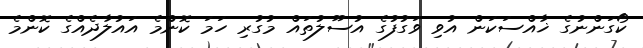
ކޯގަންނުގެ ޚާއްސަކަން އުވި ވަގުފުގެ އުސޫލުތައް މުގުރި ހަމަ ކޮންމެ އައުލާދެއްގެ ކޮންމެ